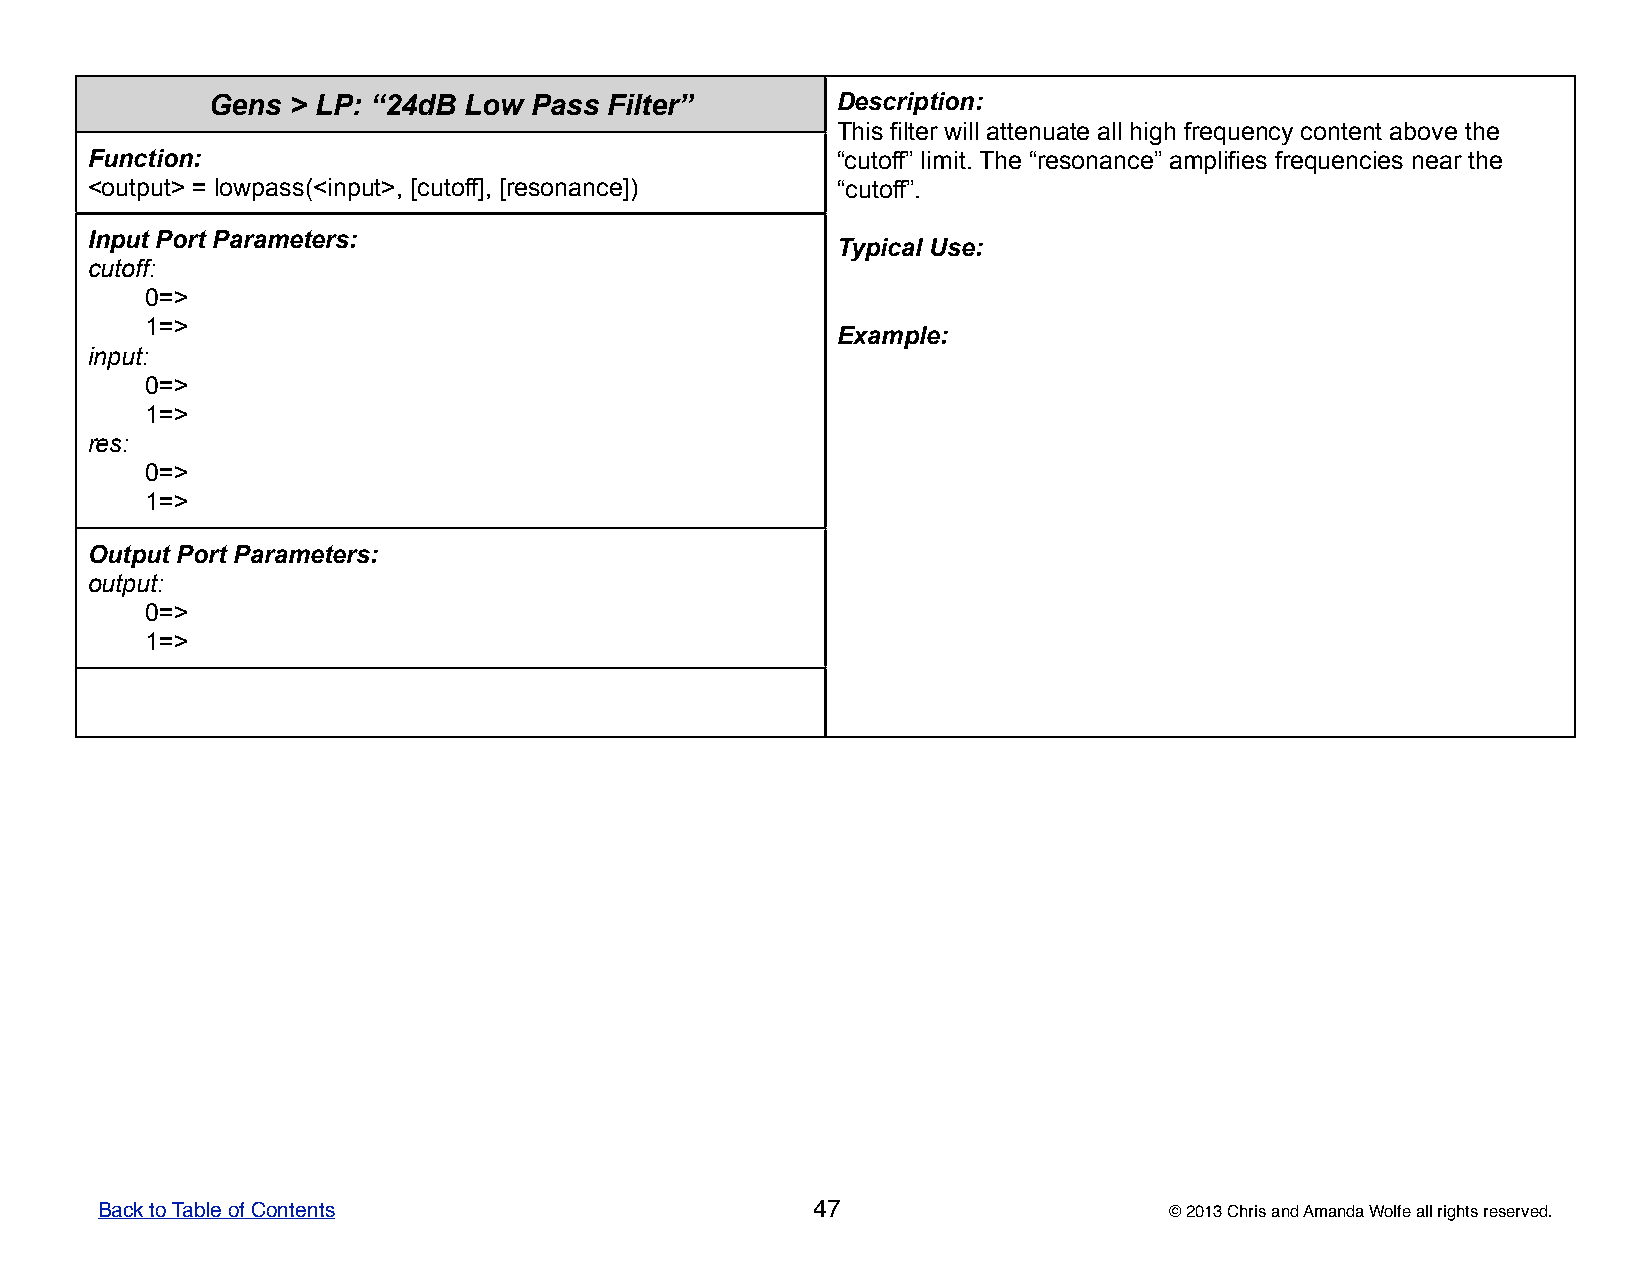
Gens > LP: “24dB Low Pass Filter”        DDDDDeeeeessssscccccrrrrriiiiippppptttttiiiiiooooonnnnn:::::
 TTTTThhhhhiiiiisssss fffffiiiiilllllttttteeeeerrrrr wwwwwiiiiillllllllll aaaaatttttttttteeeeennnnnuuuuuaaaaattttteeeee aaaaallllllllll hhhhhiiiiiggggghhhhh fffffrrrrreeeeeqqqqquuuuueeeeennnnncccccyyyyy cccccooooonnnnnttttteeeeennnnnttttt aaaaabbbbbooooovvvvveeeee ttttthhhhheeeee
 Function:                                        “““““cccccuuuuutttttoooooffffffffff””””” llllliiiiimmmmmiiiiittttt..... TTTTThhhhheeeee “““““rrrrreeeeesssssooooonnnnnaaaaannnnnccccceeeee””””” aaaaammmmmpppppllllliiiiifffffiiiiieeeeesssss fffffrrrrreeeeeqqqqquuuuueeeeennnnnccccciiiiieeeeesssss nnnnneeeeeaaaaarrrrr ttttthhhhheeeee
 <output> = lowpass(<input>, [cutoff], [resonance]) “““““cccccuuuuutttttoooooffffffffff”””””.....
 Input Port Parameters:
 TTTTTyyyyypppppiiiiicccccaaaaalllll UUUUUssssseeeee:::::
 cutoff:
 0=>
 1=>
 EEEEExxxxxaaaaammmmmpppppllllleeeee:::::
 input:
 0=>
 1=>
 res:
 0=>
 1=>
 Output Port Parameters:
 output:
 0=>
 1=>
 Back to Table of Contents                       47                     © 2013 Chris and Amanda Wolfe all rights reserved.